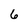
Character: 6